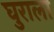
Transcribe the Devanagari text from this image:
घुराला